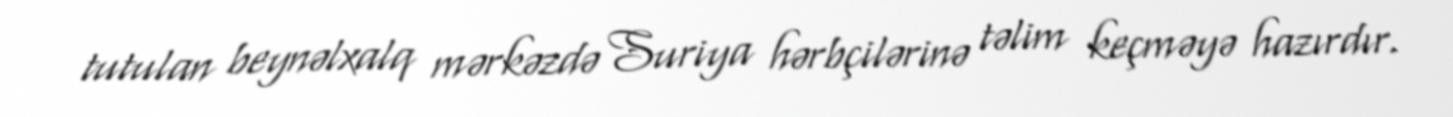
tutulan beynəlxalq mərkəzdə Suriya hərbçilərinə təlim keçməyə hazırdır.